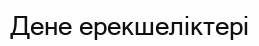
Дене ерекшеліктері